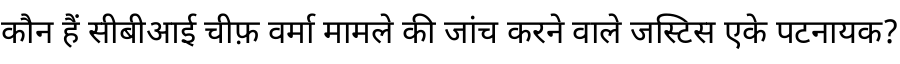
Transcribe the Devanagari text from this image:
कौन हैं सीबीआई चीफ़ वर्मा मामले की जांच करने वाले जस्टिस एके पटनायक?